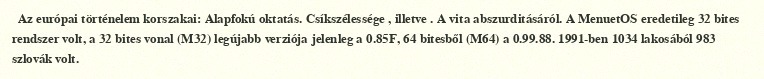
Az európai történelem korszakai: Alapfokú oktatás. Csíkszélessége , illetve . A vita abszurditásáról. A MenuetOS eredetileg 32 bites rendszer volt, a 32 bites vonal (M32) legújabb verziója jelenleg a 0.85F, 64 bitesből (M64) a 0.99.88. 1991-ben 1034 lakosából 983 szlovák volt.